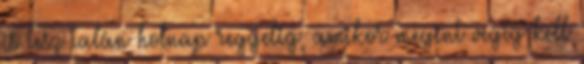
is lesz talán holnap reggelig, amikor megint végig kell